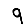
Digit: 9